NAE_EAOK_eestikeelsed_sunnimeetrikad, lk 22
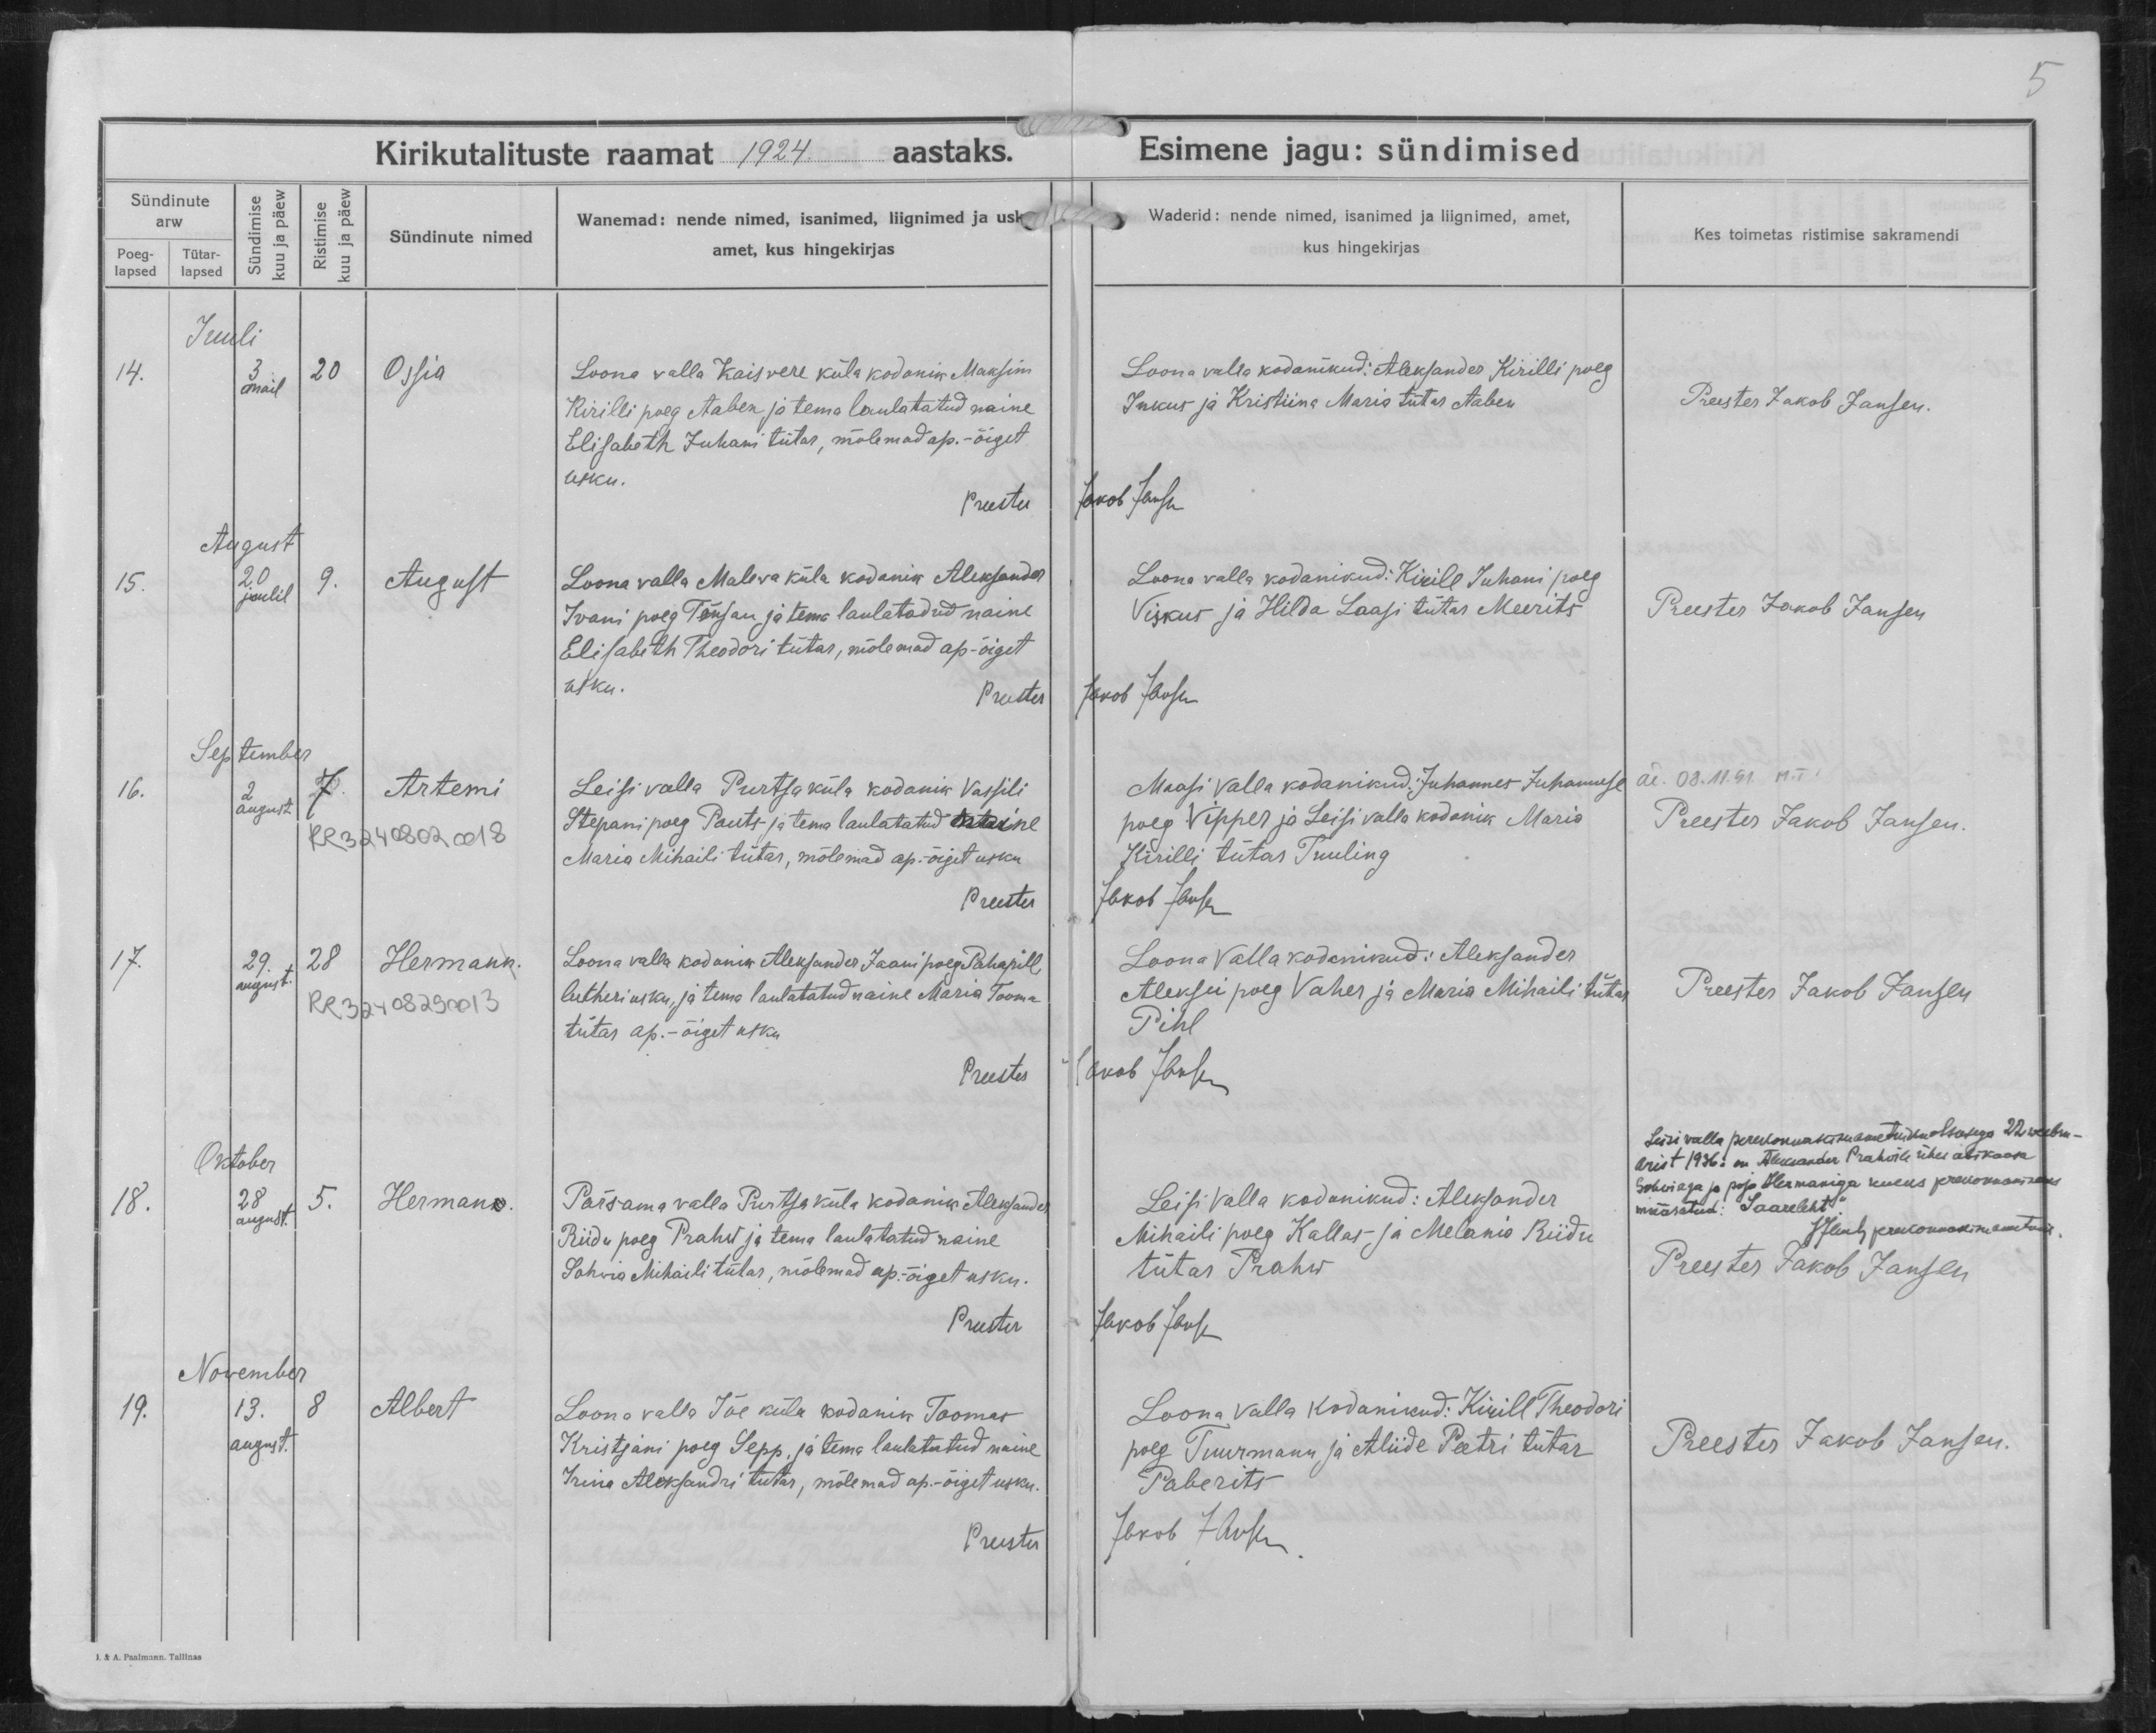
Ossia

August

Artemi

Hermann

Herman

Albert

Loona valla Kaisvere küla kodanik Maksim
Kirili poeg Aaben ja tema laulatatud naine
Elisabeth Juhani tütar, mõlemad ap.-õiget
usku.

Loona valla Maleva küla kodanik Aleksander
Ivani poeg Tõnsan ja tema laulatadud naine
Elisabeth Theodori tütar, mõlemad ap-õiget
usku.

Leisi valla Purtsa küla kodanik Vassili
Stepani poeg Pauts ja tema laulatatud naine
Maria Mihaili tütar, mõlemad ap.õiget usku.

Loona valla kodanik Aleksander Jaani poeg Pahapill
lutheri usku, ja tema laulatatud naine Maria Tooma
tütar ap.-õiget usku.

Pärsama valla Purtsa küla kodanik Aleksander
Riidu poeg Prahw ja tema laulatatud naine
Sohvia Mihaili tütar, mõlemad ap.-õiget usku.

Loona valla Jõe küla kodanik Toomas
Kirstjani poeg Sepp, ja tema laulatatud naine
Irina Aleksandri tütar, mõlemad ap-õiget usku.